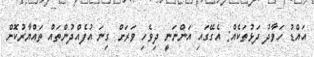
އައްޑު ހަވާދު ދަޅުތަކެއް: އެގޭގައި އަންނަނީ ދިވެހި ވަރަށް ގިނަ އުފެއްދުންތައް ތައްޔާރުކޮށް